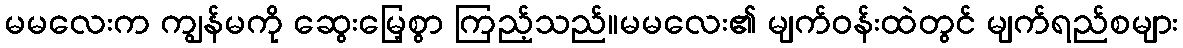
မမလေးက ကျွန်မကို ဆွေးမြေ့စွာ ကြည့်သည်။မမလေး၏ မျက်ဝန်းထဲတွင် မျက်ရည်စများ